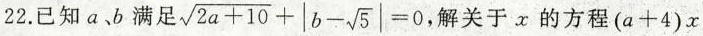
22.已知ab满足$$\sqrt{2a+10}+|b- \sqrt{5}|=0$$, 解关于x的方程$$(a+4)x$$